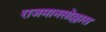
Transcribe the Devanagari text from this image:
राजमानसोल्लास